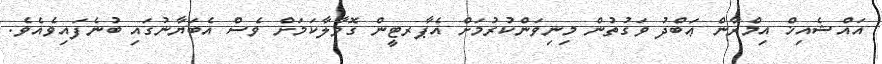
އައްޝެއިޚް އިމްރާން ޢަބްދު ވަގުތުން މިނިވަންކުރުމަށް އެޕާރޓީން ގޮވާލާކަމަށް ވެސް އެބަޔާނުގައި ބުނެފައިވެއެވެ.